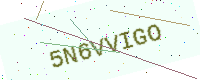
Text: 5N6VVIGO